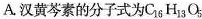
A.汉黄芩素的分子式为C_{16}H_{13}O_{5}